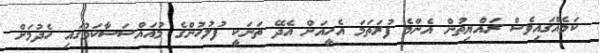
ކަމެއްގައިވެސް ރައްޔިތުން އެންމެ ފުރަތަމަ އެހީއަށް އެދޭ ތަނަކީ ފުލުހުންގެ މުއައްސަސާކަމުގައި ހެދުމަށް